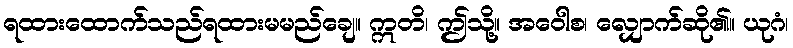
ရထားထောက်သည်ရထားမမည်ချေ။ ဣတိ၊ ဤသို့။ အဝေါစ၊ လျှောက်ဆို၏။ ယုဂံ၊